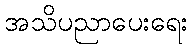
အသိပညာပေးရေး